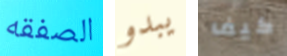
الصفقه يبدو كيف